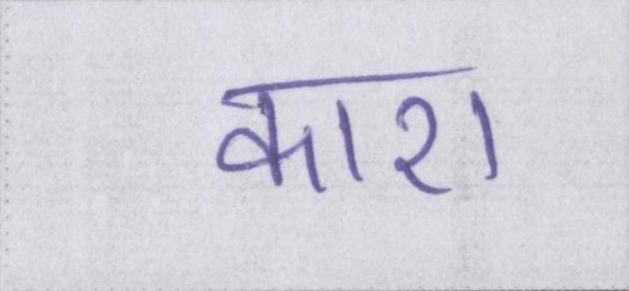
काश